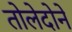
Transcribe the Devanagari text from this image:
तोलेदोने